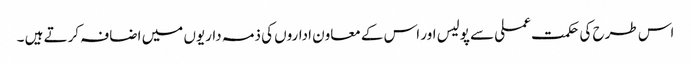
اس طرح کی حکمت عملی سے پولیس اور اس کے معاون اداروں کی ذمہ داریوں میں اضافہ کرتے ہیں ۔